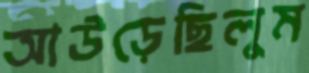
আউড়েছিলুম